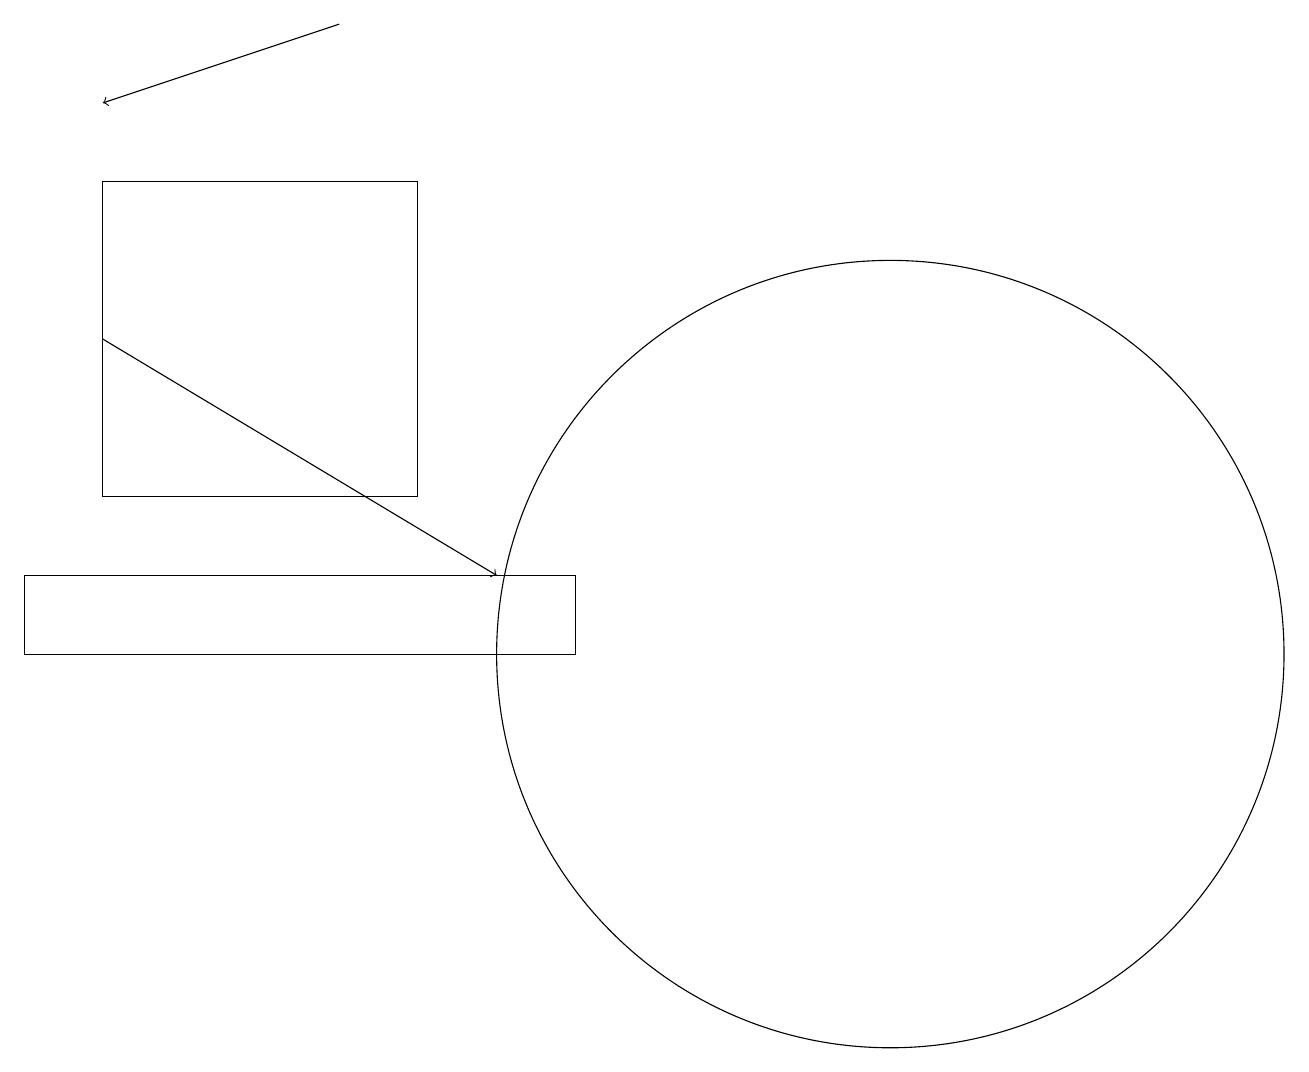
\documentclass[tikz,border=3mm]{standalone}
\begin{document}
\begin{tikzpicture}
\draw (1,13) rectangle (5,17);
\draw[->] (4,19) -- (1,18);
\draw (7,12) rectangle (0,11);
\draw (11,11) circle (5);
\draw[->] (1,15) -- (6,12);
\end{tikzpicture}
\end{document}